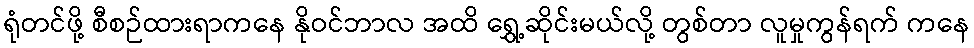
ရုံတင်ဖို့ စီစဉ်ထားရာကနေ နိုဝင်ဘာလ အထိ ရွှေ့ဆိုင်းမယ်လို့ တွစ်တာ လူမှုကွန်ရက် ကနေ